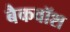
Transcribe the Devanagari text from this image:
बैकवॉश